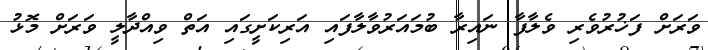
ވަރަށް ފަޚުރުވެރި ވެލާފާ ނައިރާ ބުމައަރުވާލާފައި އަރިކަށީގައި އަތް ވިއްދާލީ ވަރަށް މޮޅު